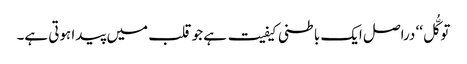
توکُّل‘‘ دراصل ایک باطنی کیفیت ہے جو قلب میں پیدا ہوتی ہے۔